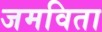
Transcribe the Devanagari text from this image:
जमविता